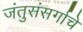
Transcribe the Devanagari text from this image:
जंतुसंसर्गाचे